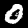
Label: 0